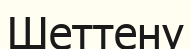
Шеттену